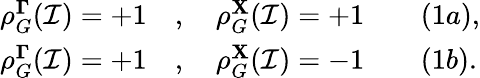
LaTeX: \begin{array}{rl}{\rho_{G}^{\mathbf{\Gamma}}(\mathcal{I})=+1}&{{},\quad\rho_{G}^{\mathbf{X}}(\mathcal{I})=+1\qquad(1a),}\\ {\rho_{G}^{\mathbf{\Gamma}}(\mathcal{I})=+1}&{{},\quad\rho_{G}^{\mathbf{X}}(\mathcal{I})=-1\qquad(1b).}\end{array}